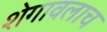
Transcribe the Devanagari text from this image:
शेगावलाच